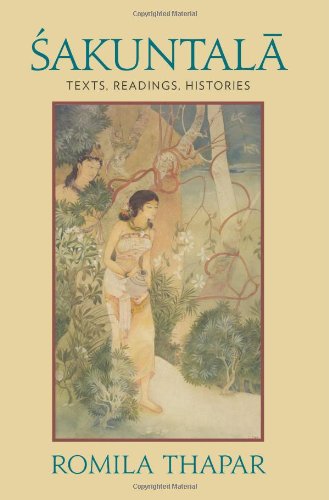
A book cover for Sakuntala: Texts, Readings, Histories; Romila Thapar; Religion & Spirituality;